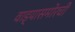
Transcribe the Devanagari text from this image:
वाड्यासमोरची